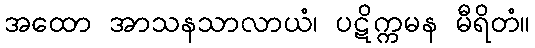
အထော အာသနသာလာယံ၊ ပဋိက္ကမန မီရိတံ။